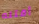
أقتله